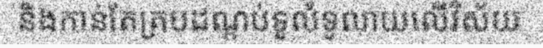
និងកាន់តែគ្របដណ្តប់ទូលំទូលាយលើវិស័យ